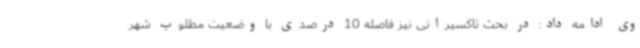
وی ادامه داد: در بحث تاکسیرانی نیز فاصله 10 درصدی با وضعیت مطلوب شهر